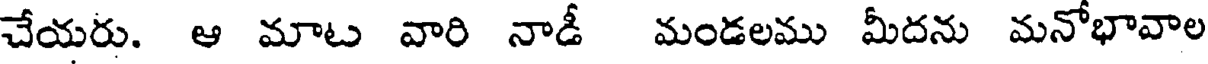
చేయరు. ఆ మాట వారి నాడీ మండలము మీదను మనోభావాల